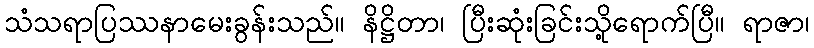
သံသရာပြဿနာမေးခွန်းသည်။ နိဋ္ဌိတာ၊ ပြီးဆုံးခြင်းသို့ရောက်ပြီ။ ရာဇာ၊